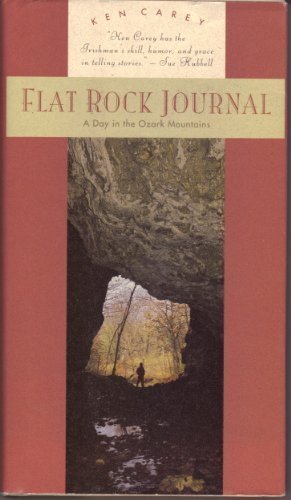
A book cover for Flat Rock Journal: A Day in the Ozark Mountains; Ken Carey; Travel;